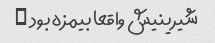
شیرینیش واقعا بیمزه بود …